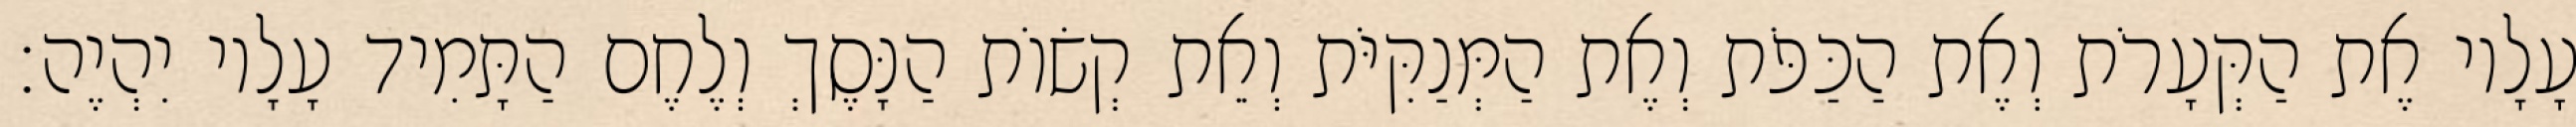
עָלָיו אֶת הַקְּעָרֹת וְאֶת הַכַּפֹּת וְאֶת הַמְּנַקִּיֹּת וְאֵת קְשׂוֹת הַנָּסֶךְ וְלֶחֶם הַתָּמִיד עָלָיו יִהְיֶה׃